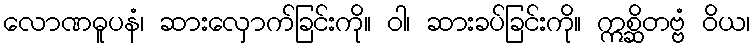
လောဏဓူပနံ၊ ဆားလှောက်ခြင်းကို။ ဝါ၊ ဆားခပ်ခြင်းကို။ ဣစ္ဆိတဗ္ဗံ ဝိယ၊